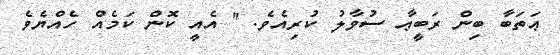
ޢަތަބާ ބިން ރަބީޢާ ސުވާލު ކުރިއެވެ. '' އެއީ ކޮން ކަމެއް ހެއްޔެވެ